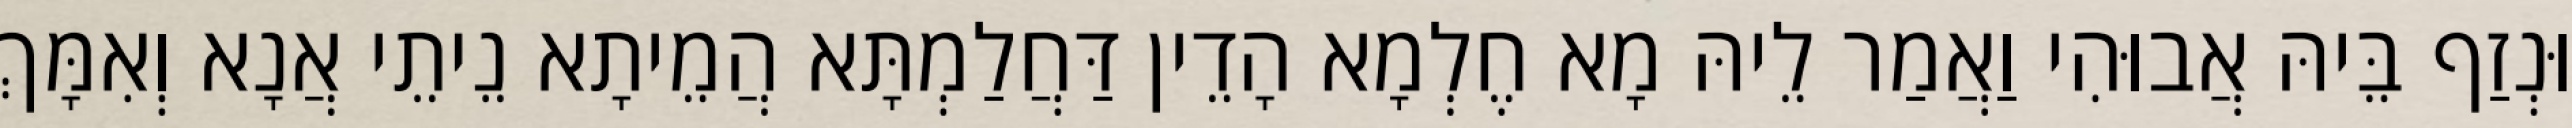
וּנְזַף בֵּיהּ אֲבוּהִי וַאֲמַר לֵיהּ מָא חֶלְמָא הָדֵין דַּחֲלַמְתָּא הֲמֵיתָא נֵיתֵי אֲנָא וְאִמָּךְ